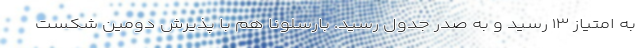
به امتیاز ۱۳ رسید و به صدر جدول رسید. بارسلونا هم با پذیرش دومین شکست